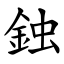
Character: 鉵